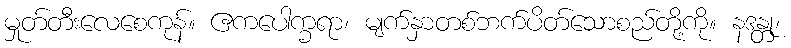
မှုတ်တီးလေစေကုန်။ ဧကပေါက္ခရာ၊ မျက်နှာတစ်ဘက်ပိတ်သောစည်တို့ကို။ နဒန္တု၊